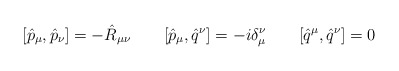
\begin{align*}[\hat{p}_\mu,\hat{p}_\nu] = -\hat{R}_{\mu\nu} \qquad[\hat{p}_\mu,\hat{q}^\nu] = -i\delta_\mu^\nu \qquad[\hat{q}^\mu,\hat{q}^\nu] = 0\end{align*}